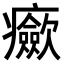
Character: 𤼏